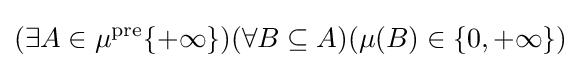
(\exists A\in \mu ^{\text{pre}}\{+\infty \})(\forall B\subseteq A)(\mu (B)\in \{0,+\infty \})